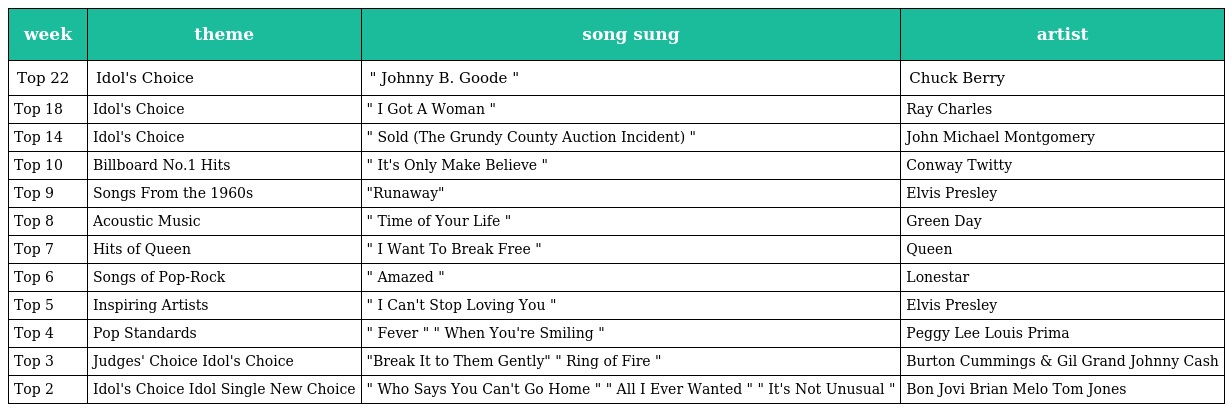
| week | theme | song sung | artist |
 | --- | --- | --- | --- |
 | Top 22 | Idol's Choice | " Johnny B. Goode " | Chuck Berry |
 | Top 18 | Idol's Choice | " I Got A Woman " | Ray Charles |
 | Top 14 | Idol's Choice | " Sold (The Grundy County Auction Incident) " | John Michael Montgomery |
 | Top 10 | Billboard No.1 Hits | " It's Only Make Believe " | Conway Twitty |
 | Top 9 | Songs From the 1960s | "Runaway" | Elvis Presley |
 | Top 8 | Acoustic Music | " Time of Your Life " | Green Day |
 | Top 7 | Hits of Queen | " I Want To Break Free " | Queen |
 | Top 6 | Songs of Pop-Rock | " Amazed " | Lonestar |
 | Top 5 | Inspiring Artists | " I Can't Stop Loving You " | Elvis Presley |
 | Top 4 | Pop Standards | " Fever " " When You're Smiling " | Peggy Lee Louis Prima |
 | Top 3 | Judges' Choice Idol's Choice | "Break It to Them Gently" " Ring of Fire " | Burton Cummings & Gil Grand Johnny Cash |
 | Top 2 | Idol's Choice Idol Single New Choice | " Who Says You Can't Go Home " " All I Ever Wanted " " It's Not Unusual " | Bon Jovi Brian Melo Tom Jones |